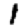
Digit: 1